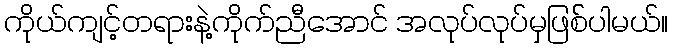
ကိုယ်ကျင့်တရားနဲ့ကိုက်ညီအောင် အလုပ်လုပ်မှဖြစ််ပါမယ်။